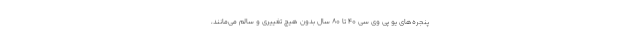
پنجره‌های یو پی وی سی 40 تا 80 سال بدون هیچ تغییری و سالم می‌مانند،